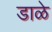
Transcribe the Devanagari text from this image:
डाळे